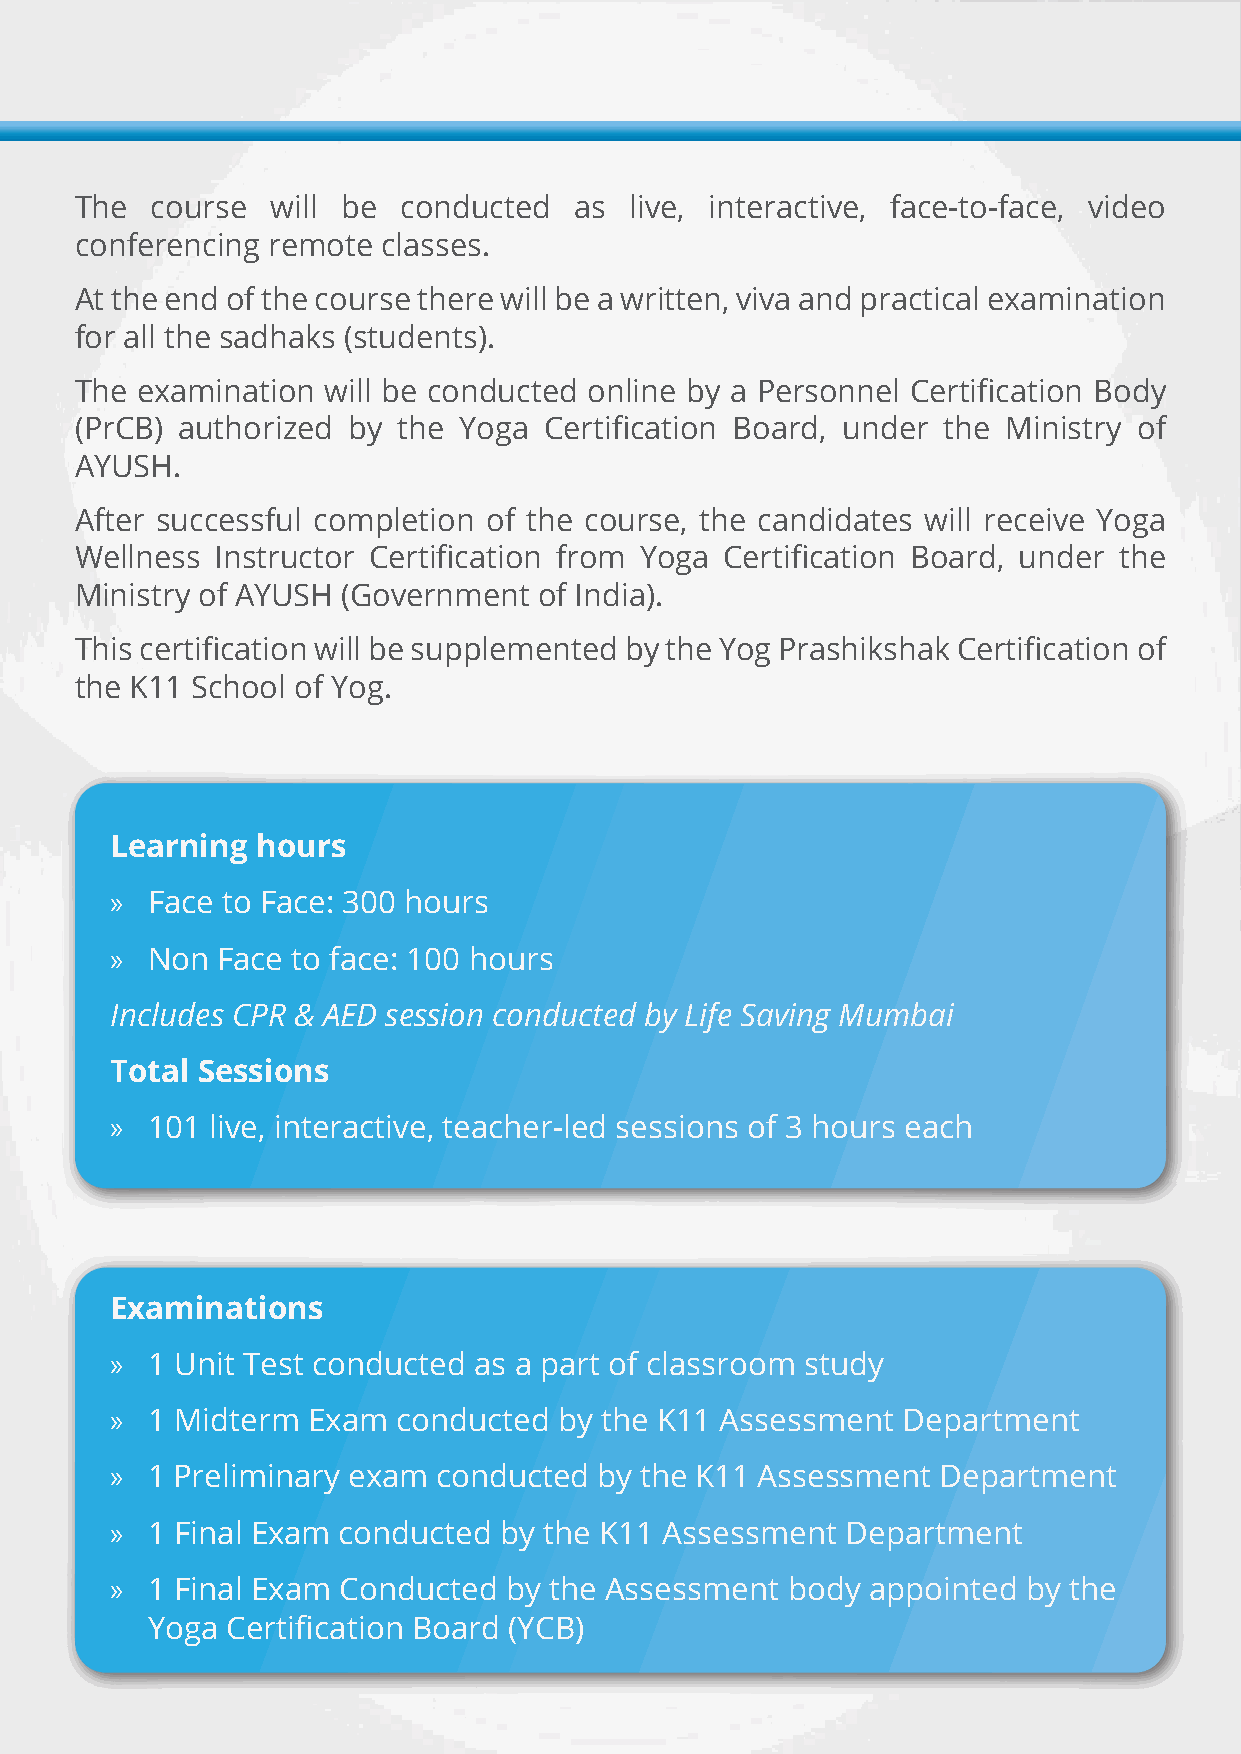
The  course  will be  conducted  as  live, interactive, face-to-face, video
 conferencing remote classes.
 At the end of the course there will be a written, viva and practical examination
 for all the sadhaks (students).
 The examination  will be conducted online by a Personnel Certification Body
 (PrCB) authorized by the Yoga  Certification Board, under the Ministry of
 AYUSH.
 After successful completion of the course, the candidates will receive Yoga
 Wellness Instructor Certification from Yoga Certification Board, under the
 Ministry of AYUSH (Government  of India).
 This certification will be supplemented by the Yog Prashikshak Certification of
 the K11 School of Yog.
 Learning  hours
 »  Face to Face: 300 hours
 »  Non Face to face: 100 hours
 Includes CPR & AED session conducted by Life Saving Mumbai
 Total Sessions
 »  101 live, interactive, teacher-led sessions of 3 hours each
 Examinations
 »  1 Unit Test conducted as a part of classroom study
 »  1 Midterm Exam  conducted  by the K11 Assessment  Department
 »  1 Preliminary exam conducted  by the K11 Assessment Department
 »  1 Final Exam conducted by the K11 Assessment  Department
 »  1 Final Exam Conducted  by the Assessment body appointed  by the
 Yoga Certification Board (YCB)